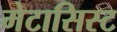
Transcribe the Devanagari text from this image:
मेटासिस्ट